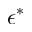
\epsilon ^ { * }